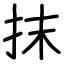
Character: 抹